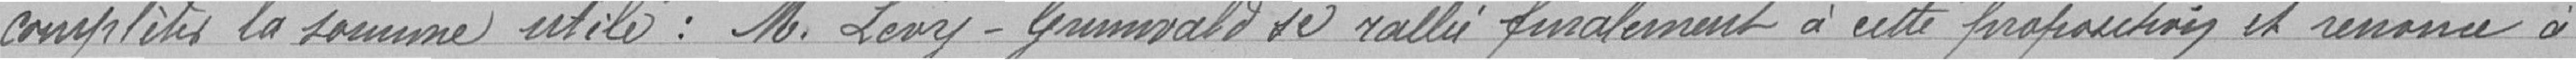
compléter la somme utile : M. Levy Grunnvald se rallie finalement à cette proposition et renonce à